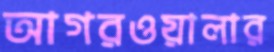
আগরওয়ালার